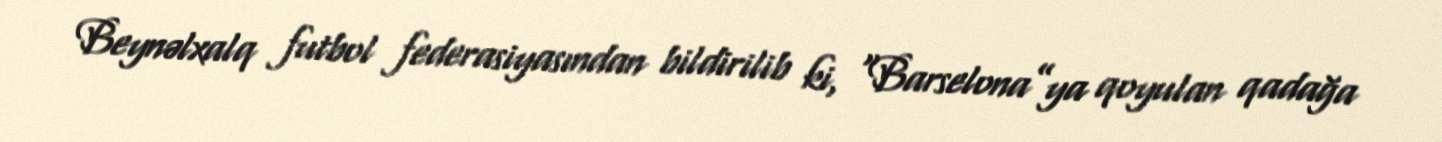
Beynəlxalq futbol federasiyasından bildirilib ki, “Barselona”ya qoyulan qadağa